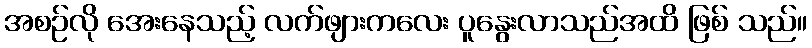
အစဉ်လို အေးနေသည့် လက်ဖျားကလေး ပူနွေးလာသည်အထိ ဖြစ် သည်။